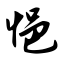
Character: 悒